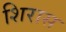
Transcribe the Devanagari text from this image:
शिरास